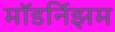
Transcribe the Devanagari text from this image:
मॉडर्निझम